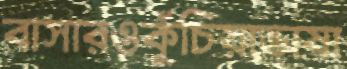
বাসারওকুঁচিয়াভাষা